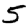
Digit: 5